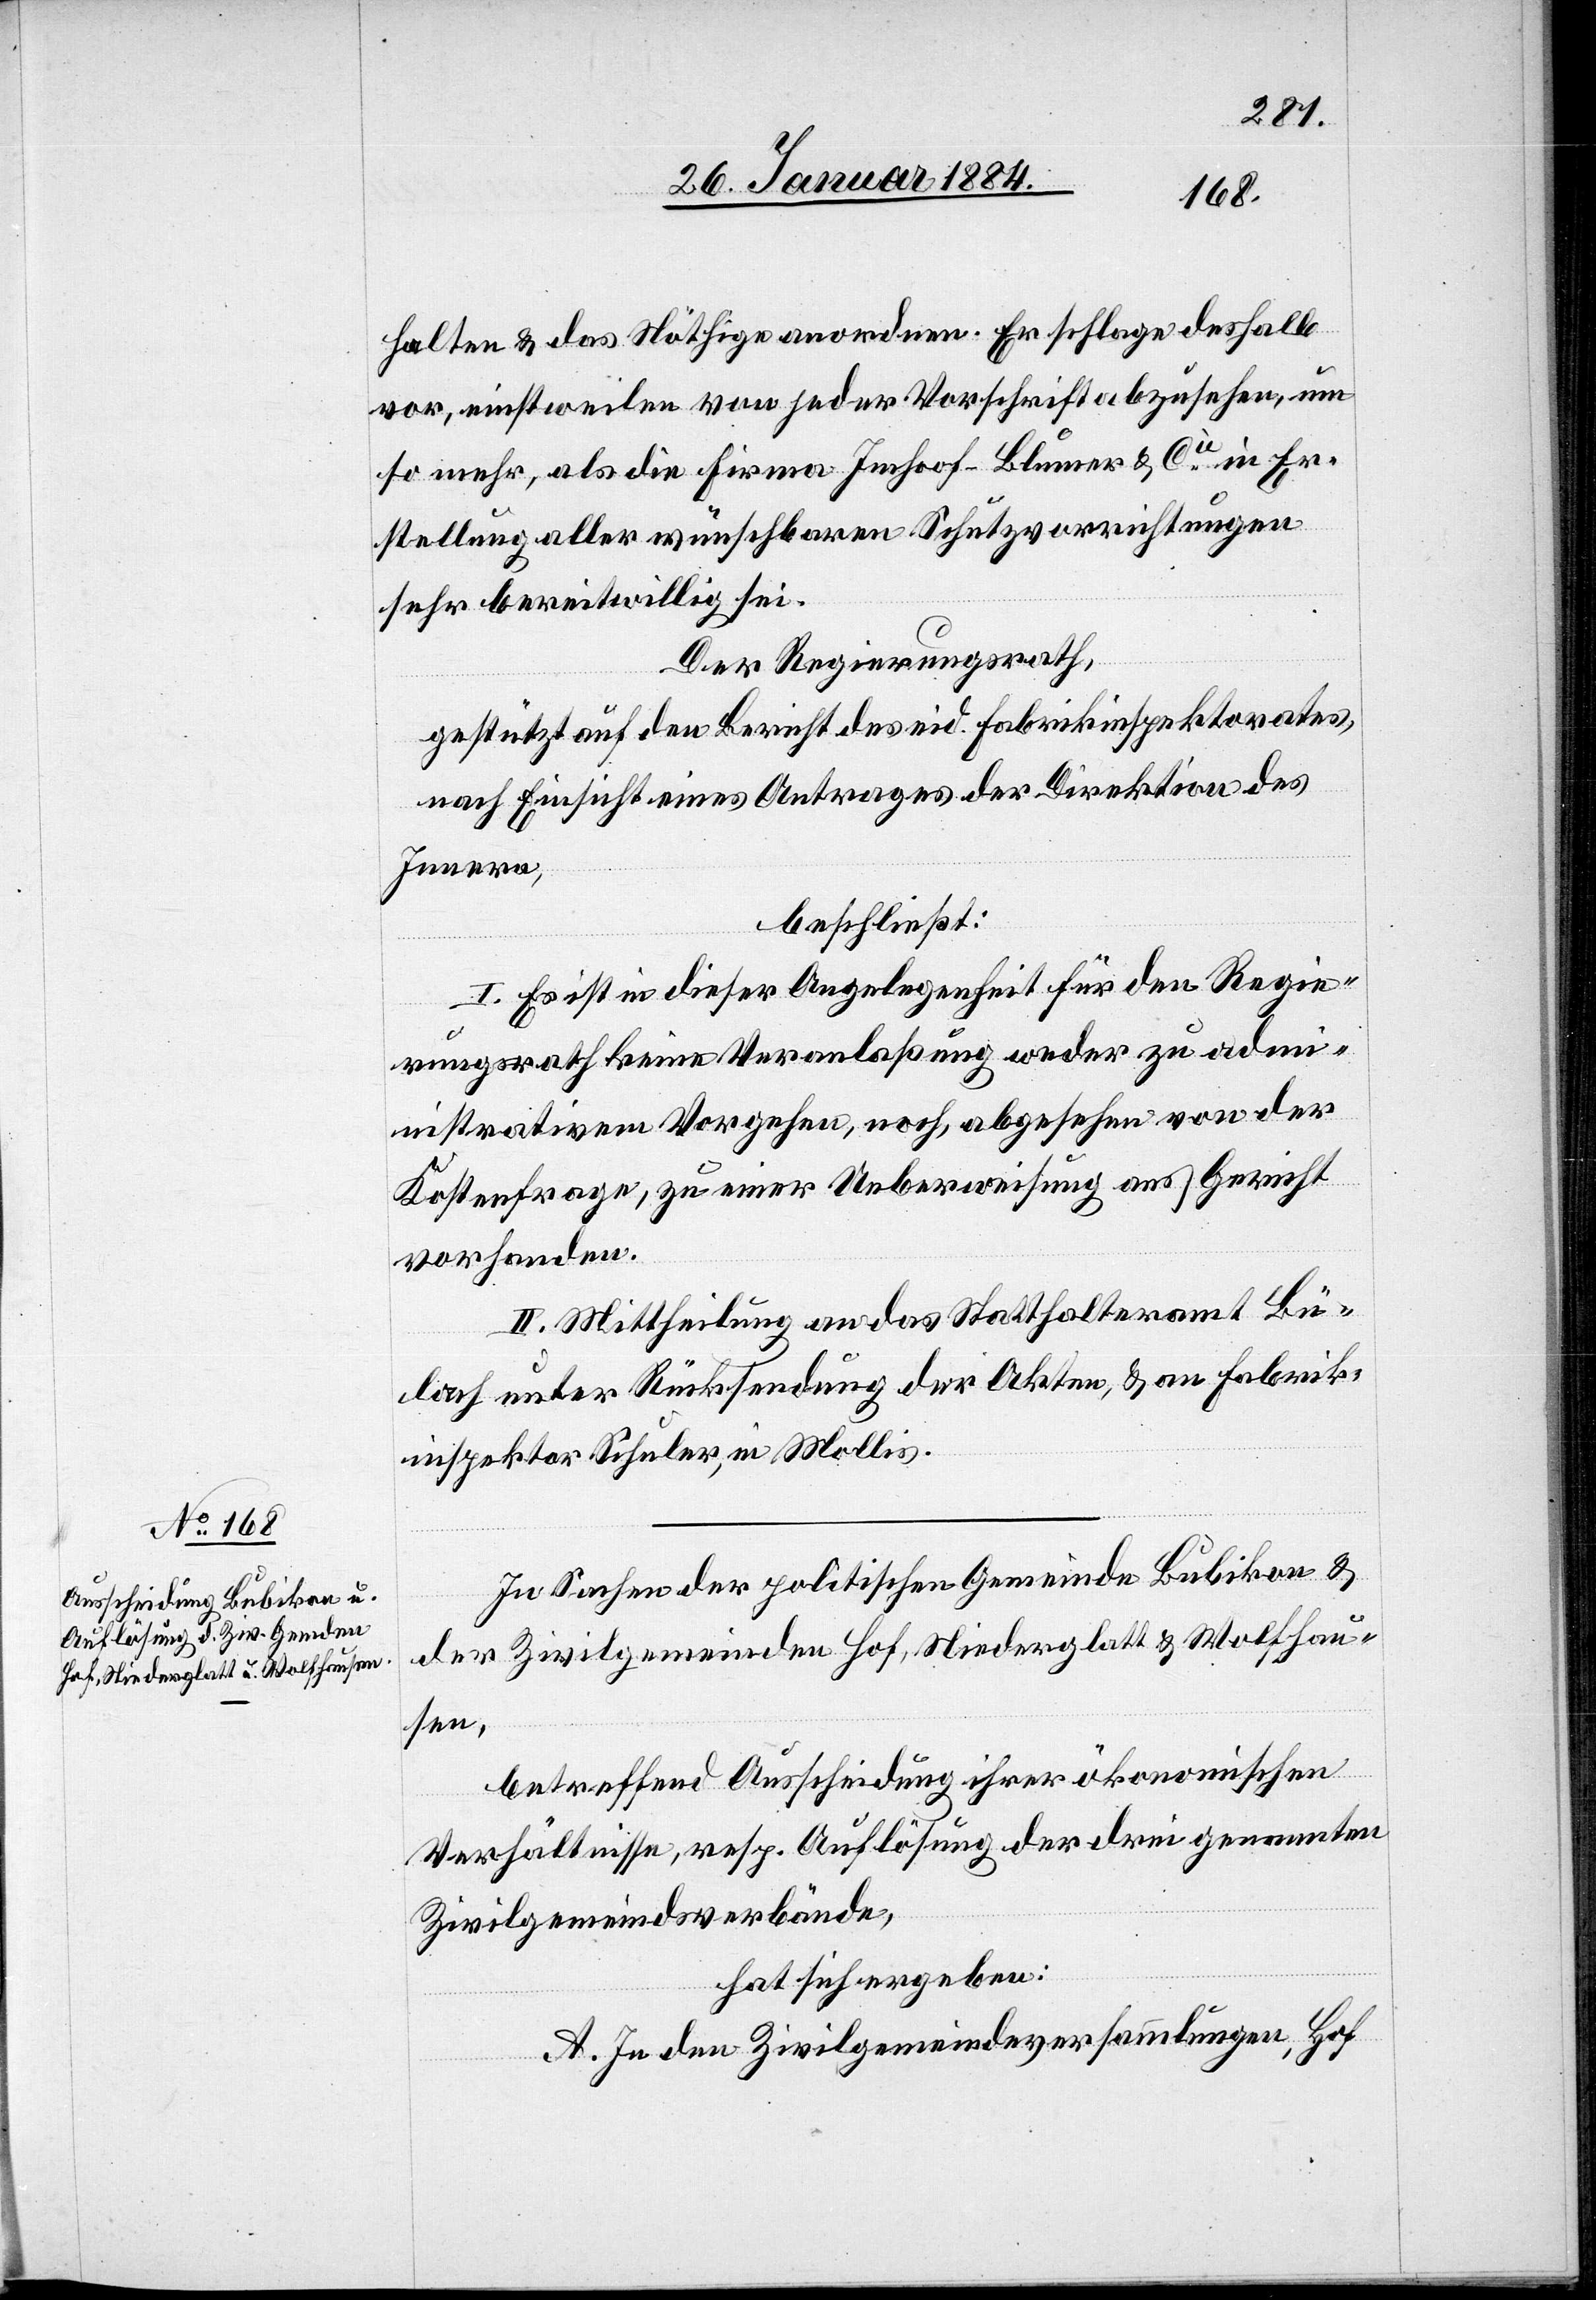
halten & das Nöthige anordnen. Er schlage deshalb
vor, einstweilen von jeder Vorschrift abzusehen, um
so mehr, als die Firma Imhoof-Blumer & Cie in Er¬
stellung aller wünschbaren Schutzvorrichtungen
sehr bereitwillig sei.
Der Regierungsrath,
gestützt auf den Bericht des eid. Fabrikinspektorates,
nach Einsicht eines Antrages der Direktion des
Innern,
beschließt:
I. Es ist in dieser Angelegenheit für den Regie¬
rungsrath keine Veranlaßung weder zu admi¬
nistrativem Vorgehen, noch, abgesehen von der
Kostenfrage, zu einer Ueberweisung ans Gericht
vorhanden.
II. Mittheilung an das Statthalteramt Bü¬
lach unter Rücksendung der Akten, & an Fabrik¬
inspektor Schuler, in Mollis.
In Sachen der politischen Gemeinde Bubikon &
der Zivilgemeinden Hof, Niederglatt & Wolfhau¬
sen,
betreffend Ausscheidung ihrer ökonomischen
Verhältnisse, resp. Auflösung der drei genannten
Zivilgemeindsverbände,
hat sich ergeben:
A. In den Zivilgemeindeversammlungen, Hof